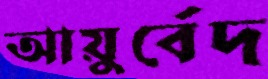
আয়ুর্বেদ